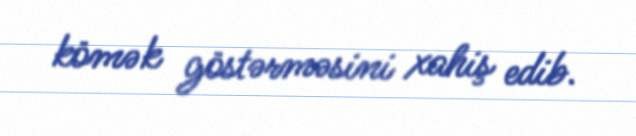
kömək göstərməsini xahiş edib.